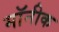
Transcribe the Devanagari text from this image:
मॉनीक